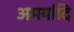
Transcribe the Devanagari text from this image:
अमर्यादि